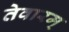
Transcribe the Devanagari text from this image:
तेवारम्‌